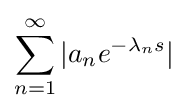
\sum _{n=1}^{\infty }|a_{n}e^{-\lambda _{n}s}|